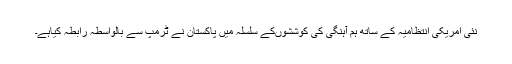
نئی امریکی انتظامیہ کے ساتھ ہم آہنگی کی کوششوںکے سلسلہ میں پاکستان نے ٹرمپ سے بالواسطہ رابطہ کیاہے۔